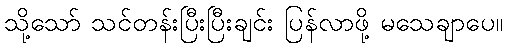
သို့သော် သင်တန်းပြီးပြီးချင်း ပြန်လာဖို့ မသေချာပေ။